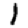
Digit: 1